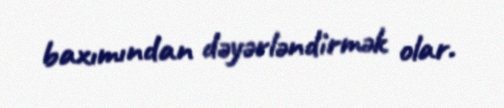
baxımından dəyərləndirmək olar.